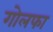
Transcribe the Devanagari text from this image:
गोलफा